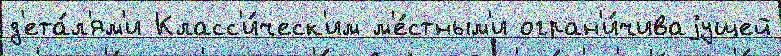
д'ета́л'ям'и Класс'и́ческ'им м'е́стным'и огран'и́чиваjущей